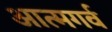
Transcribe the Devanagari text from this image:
आत्मगर्व